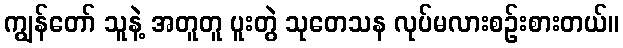
ကျွန်တော် သူနဲ့ အတူတူ ပူးတွဲ သုတေသန လုပ်မလားစဉ်းစားတယ်။